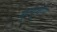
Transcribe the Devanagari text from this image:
मृत्युयोग